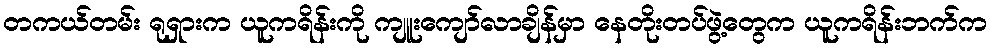
တကယ်တမ်း ရုရှားက ယူကရိန်းကို ကျူးကျော်လာချိန်မှာ နေတိုးတပ်ဖွဲ့တွေက ယူကရိန်းဘက်က